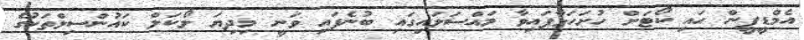
އެމްޑީޕީން ހައި ކޯޓަށް ހުށަހަޅާފައިވާ މައްސަލައިގައި ބުނެފައި ވަނީ މިދިޔަ ލޯކަލް ކައުންސިލްތަކުގެ